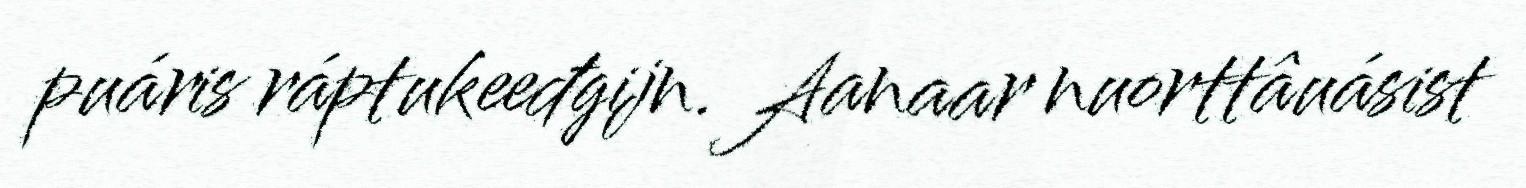
puáris ráptukeeđgijn. Aanaar nuorttâuásist